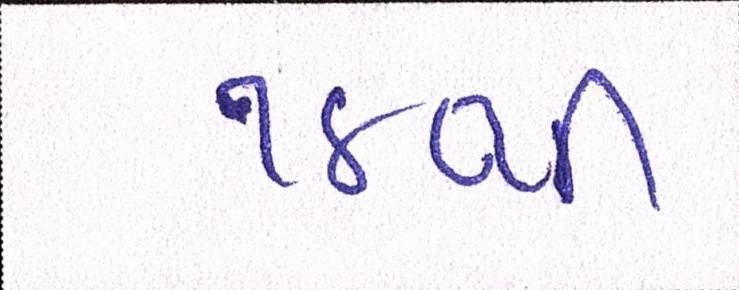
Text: ૧૪થી